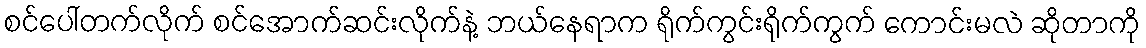
စင်ပေါ်တက်လိုက် စင်အောက်ဆင်းလိုက်နဲ့ ဘယ်နေရာက ရိုက်ကွင်းရိုက်ကွက် ကောင်းမလဲ ဆိုတာကို